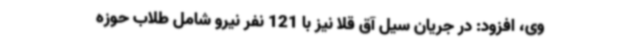
وی، افزود: در جریان سیل آق قلا نیز با 121 نفر نیرو شامل طلاب حوزه